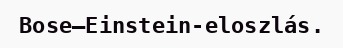
Bose–Einstein-eloszlás.